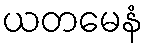
ယတမေနံ